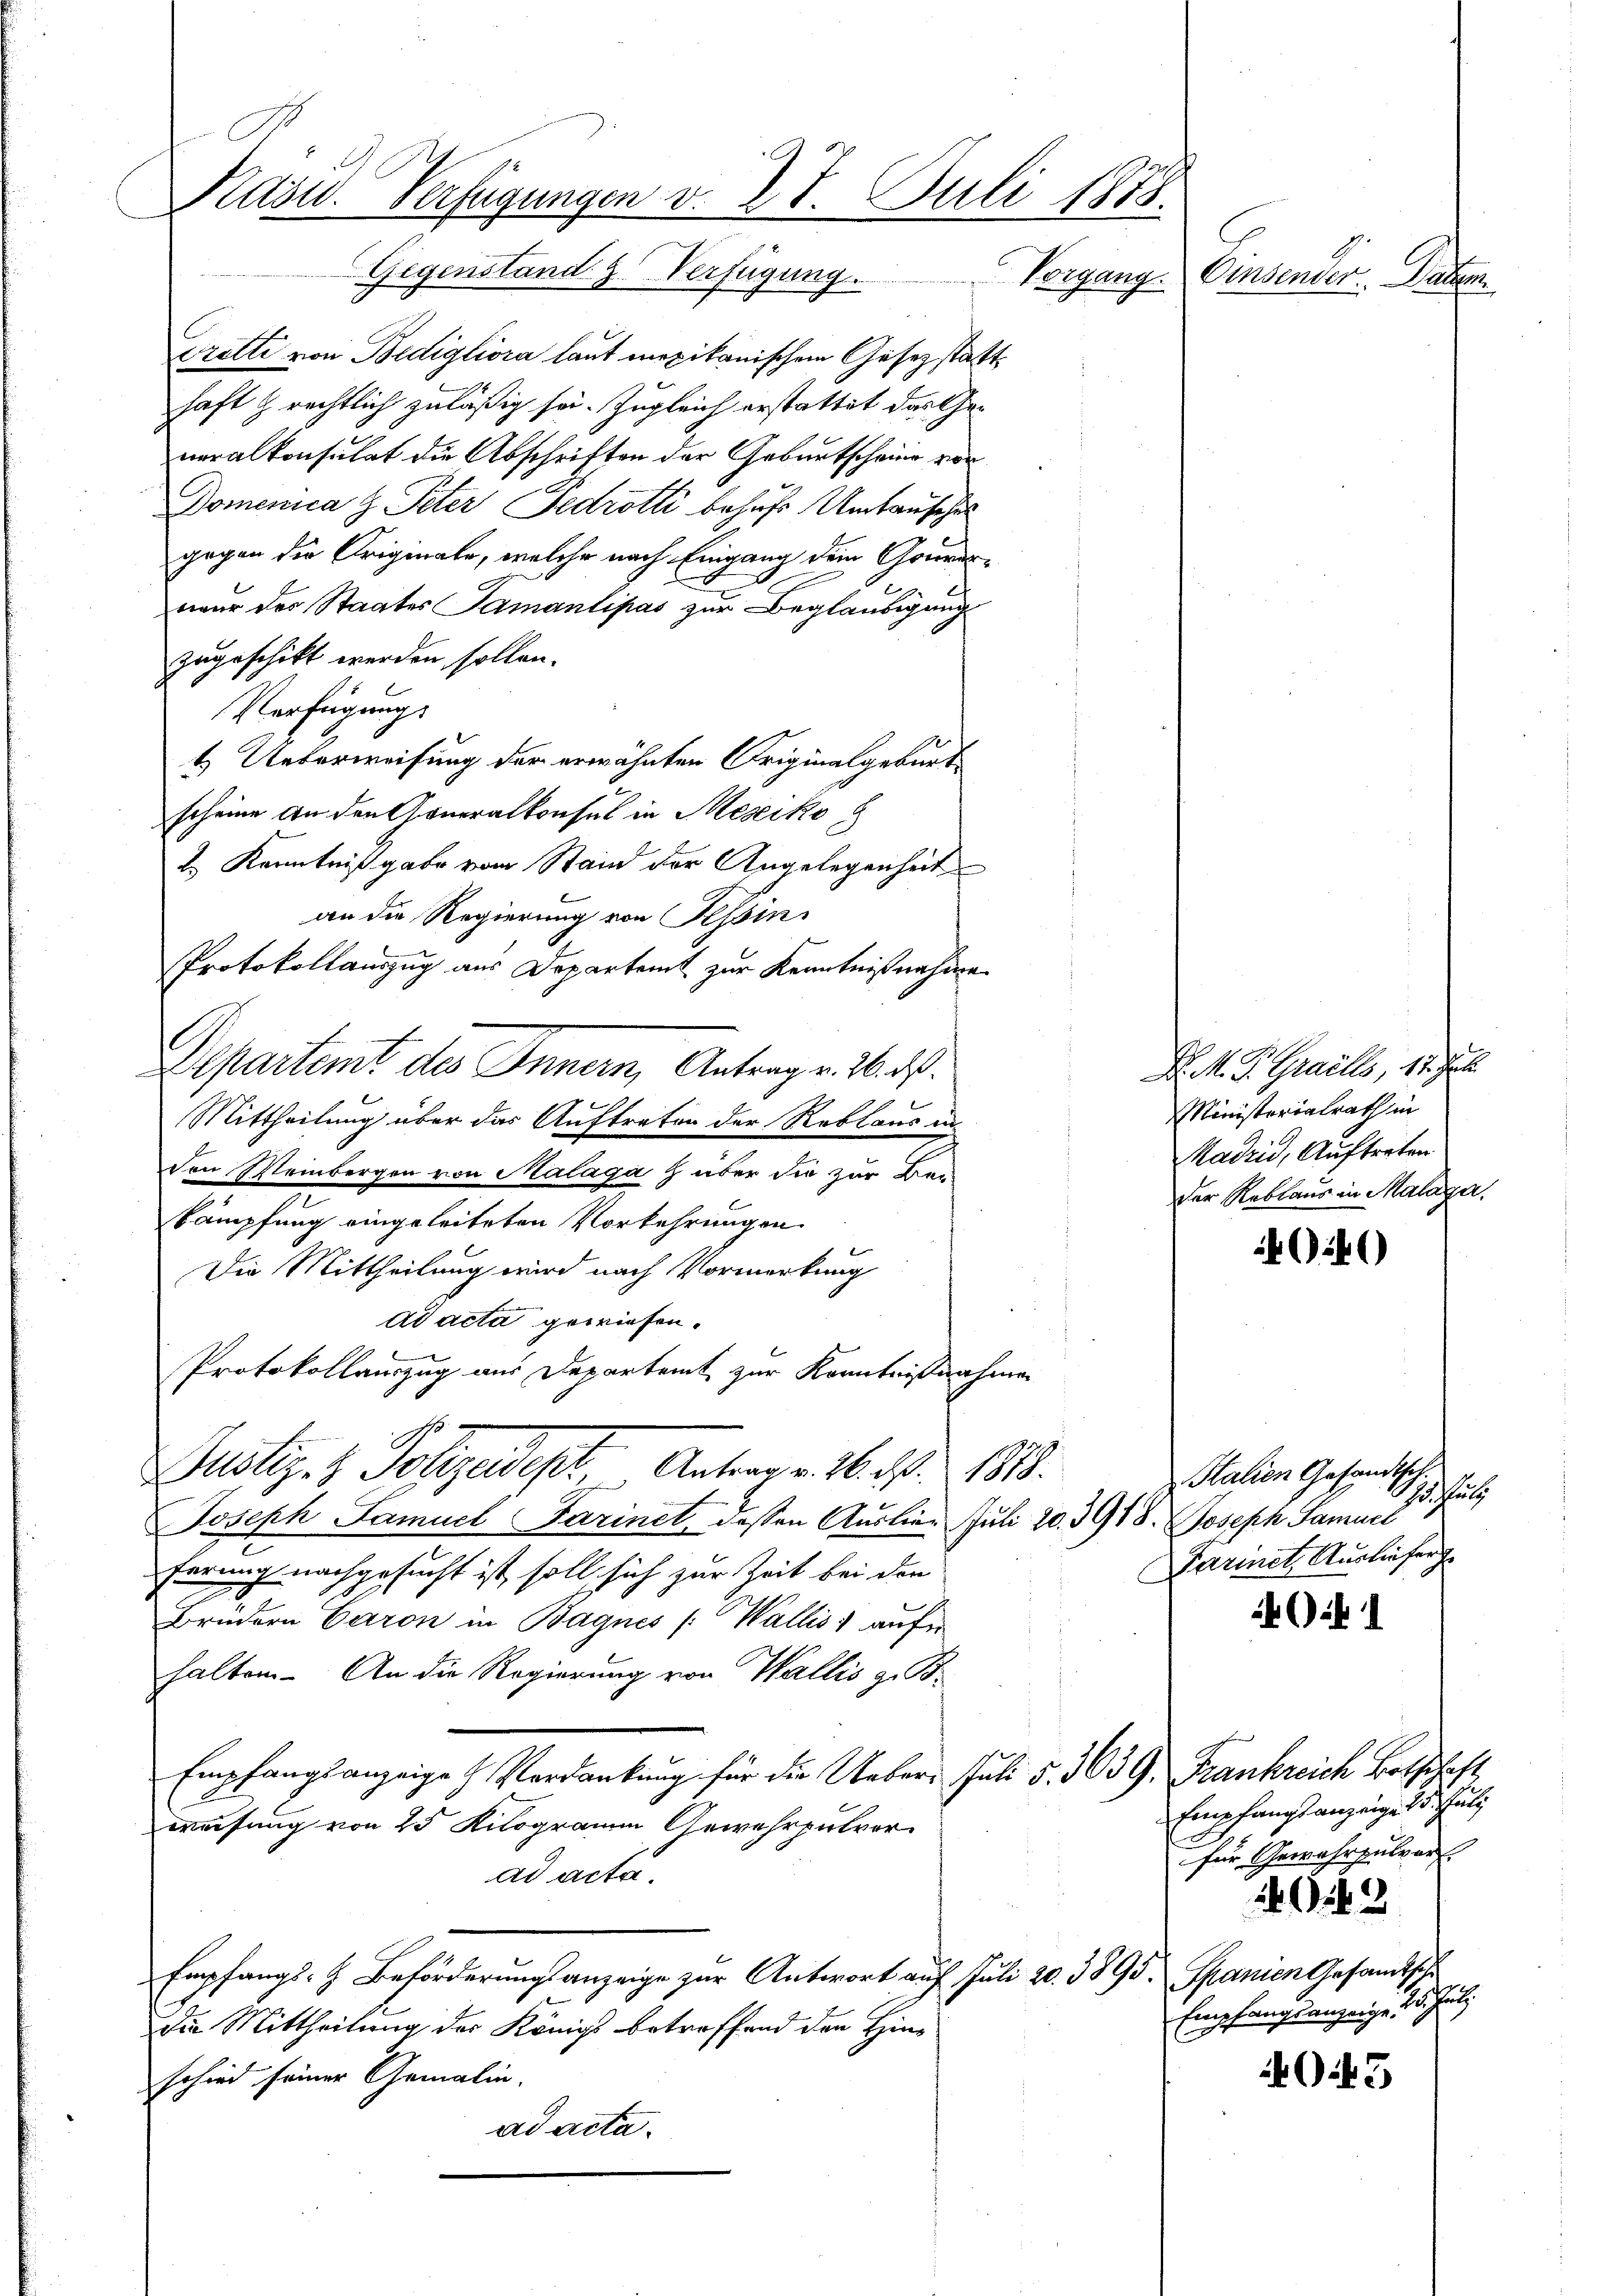
Käsid. Verfügungen v. 28. Juli 1873.
Gegenstand z. Verfügung. Vorgang.

Pretti von Bedigliora laut mexikanischem Gesetz statt,
haft & rechtlich zuläßig sei. Zugleich erstattet das Generalkonsulat die Abschriften der Geburtscheine von
Domenica z Peter Gedrotti behufs Umtausches
gegen der Originale, welche nach Eingang dem Gouvernur des Staates Samantipas zur Beglaubigung
zugeschikt werden sollen.
Verfügungs
1. Ueberweisung der erwähnten Originalgeburt
scheine an den Generalkonsul in Mesiko
2. Kenntnißgabe vom Stand der Angelegenheit
an die Regierung von Tessin¬
Protokollauszug aus Departemt zur Kenntnißnahme
Departamt des Innern, Antrag v. 2. ds.
Mittheilung über das Auftreten der Reblaus in
den Weinbergen von Malága z über die zur Bei
kämpfung eingeleiteten Vorkehrungen.
Die Mittheilung wird nach Vormerkung
ad acta gewiesen.
Protokollauszug aus Departamt zur Kenntnißnahme
Zustiz & Pohjadept Antrag v. 16. Fr. 1818.
Joseph Samuel Farinet, dessen Auslier Juli 20. 3918. Joseph Samuel
ferung nachgesucht ist, soll sich zur Zeit bei den
Brudern Baron in Bagnes (Wallis aufe
halten. An die Regierung von Wallis z. B.
Empfangsanzeige Verdankung für die Ueber Juli 5. 363 G. Frankreich Botschaft,
weisung von 25 Kilogramm Gewehrpulver
ad acta.
Empfangs- & Beförderungsanzeige zur Antwort auf Juli 20. 3895. Spanien Gesandtsche
Die Mittheilung der Königs betreffend den Hinschied seiner Gemalin.
ad acta.

Oinsender. Danem

D. M. D. Graillo, 11. J
Ministerialrath in
Radrid, Auftreten
Der Reblaus in Malaga.

40

Halien Gesandtsch.
Mochtet.
Garinet Ausliefer

ik 1

Empfangs anzeige 15. Juli
für Gewahrzutrauf

202. 2

Empfangsanzeigen 25. Juli

3